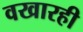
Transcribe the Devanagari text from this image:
वखारही